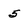
Character: 5